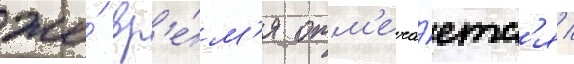
же́ вр'е́м'я отм'еча́етс'я /